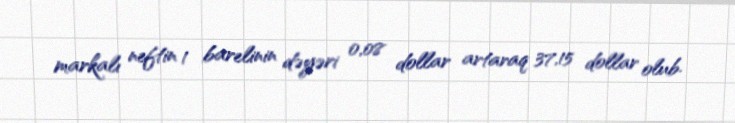
markalı neftin 1 barelinin dəyəri 0,08 dollar artaraq 37,15 dollar olub.